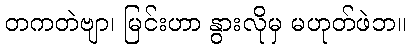
တကတဲဗျာ၊ မြင်းဟာ နွားလိုမှ မဟုတ်ဖဲဘ။